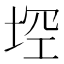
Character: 𱖳